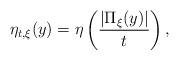
LaTeX: \begin{align*}\eta_{t,\xi}(y)=\eta\left(\frac{|\Pi_{\xi}(y)|}{t}\right),\end{align*}